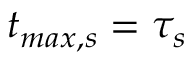
t _ { m a x , s } = \tau _ { s }